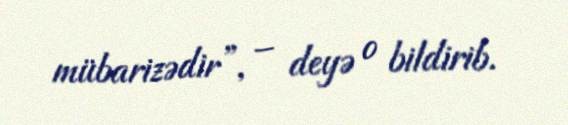
mübarizədir”, – deyə o bildirib.